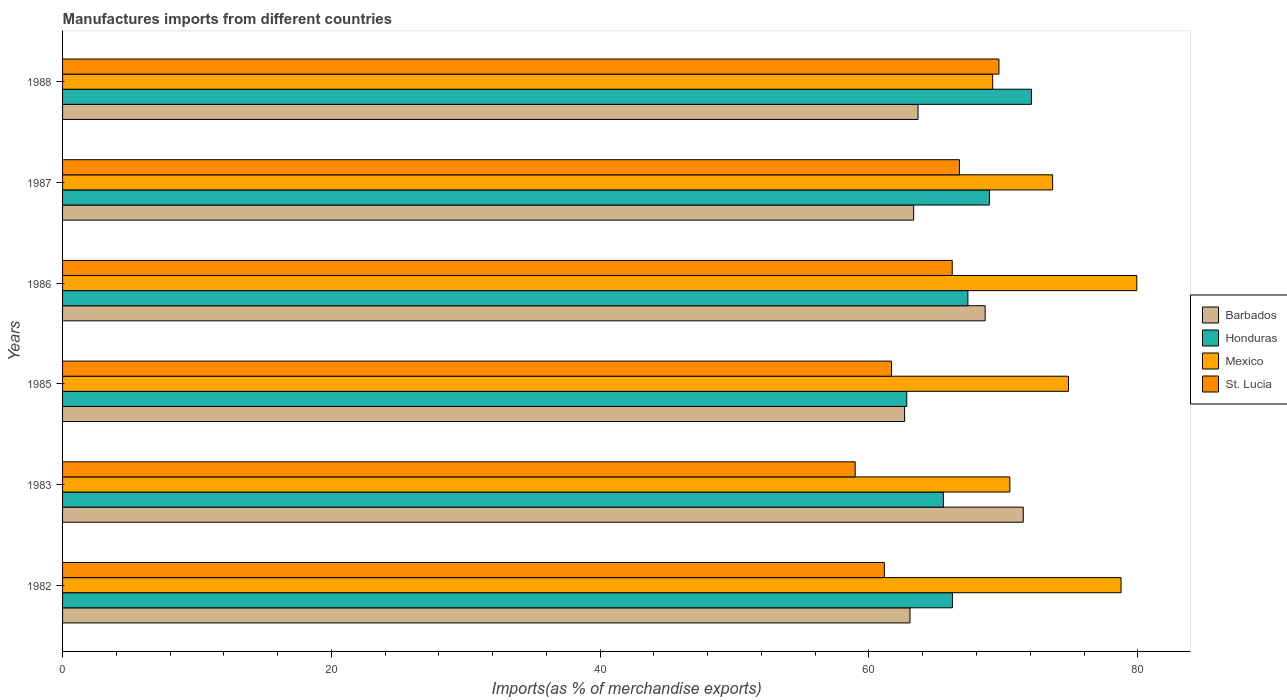
| Years | Barbados | Honduras | Mexico | St. Lucia |
 | --- | --- | --- | --- | --- |
 | 1982 | 63.1 | 66.2 | 78.8 | 61.1 |
 | 1983 | 71.5 | 65.5 | 70.5 | 59 |
 | 1985 | 62.7 | 62.8 | 74.8 | 61.7 |
 | 1986 | 68.6 | 67.4 | 79.9 | 66.2 |
 | 1987 | 63.3 | 69 | 73.7 | 66.7 |
 | 1988 | 63.7 | 72.1 | 69.2 | 69.7 |